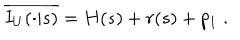
\overline { { { I _ { U } ( \cdot | s ) } } } = H ( s ) + r ( s ) + p _ { 1 } \; .